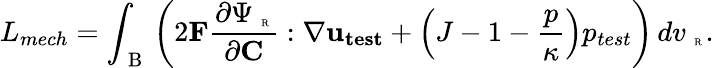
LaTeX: L_{mech}=\int_{\mathrm{~B~}}\left(2\mathbf{F}\frac{\partial\Psi_{\mathrm{~\tiny~R~}}}{\partial\mathbf{C}}:\nabla\mathbf{u_{test}}+\left(J-1-\frac{p}{\kappa}\right){p_{test}}\right)\, dv_{\mathrm{~\tiny~R~}}.